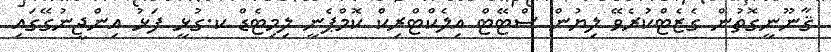
ޤާނޫނީގޮތުން ގެޒެޓްކުރެވޭ ލިޔުން ސްޓޭޓް އިލެކްޓްރިކް ކޮމްޕެނީ ލިމިޓެޑް ކ.ގުޅީ ފަޅު އިންޖީނުގޭގައި